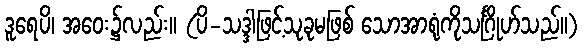
ဒူရေပိ၊ အဝေး၌လည်း။ (ပိ-သဒ္ဒါဖြင့်သုခုမဖြစ် သောအာရုံကိုသင်္ဂြိုဟ်သည်။)